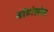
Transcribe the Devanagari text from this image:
मोंटोरमेल